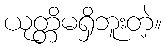
ယုတ္တိမရှိဘူးတဲ့။